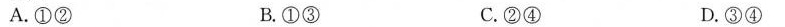
A.①② B.①③ C.②④ D.③④